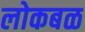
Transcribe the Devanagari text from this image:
लोकबळ